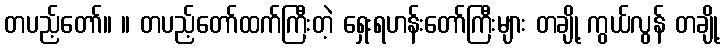
တပည့်တော်။ ။ တပည့်တော်ထက်ကြီးတဲ့ ရှေးရဟန်းတော်ကြီးများ တချို့ ကွယ်လွန် တချို့